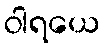
ဝါရယေ